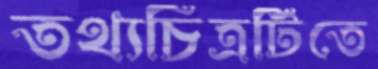
তথ্যচিত্রটিতে